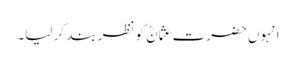
انہوں حضرت عثمانؓ کو نظر بند کر لیا۔